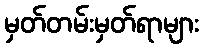
မှတ်တမ်းမှတ်ရာများ